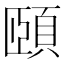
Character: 頤